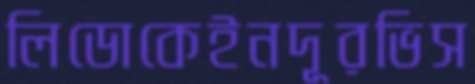
লিডোকেইনদূরভিস